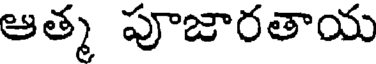
ఆత్మ పూజారతాయ